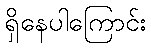
ရှိနေပါကြောင်း